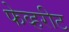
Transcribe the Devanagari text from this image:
फेव्हरीट